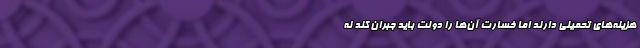
هزینه‌های تحمیلی دارند اما خسارت آن‌ها را دولت باید جبران کند نه